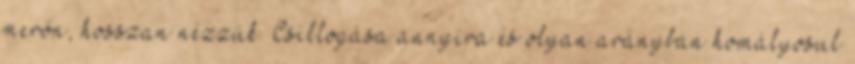
merőn, hosszan nézzük. Csillogása annyira és olyan arányban homályosul